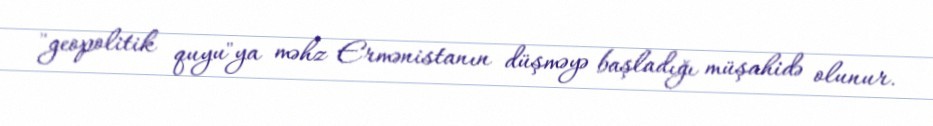
"geopolitik quyu"ya məhz Ermənistanın düşməyə başladığı müşahidə olunur.